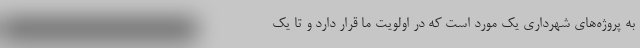
به پروژه‌های شهرداری یک مورد است که در اولویت ما قرار دارد و تا یک